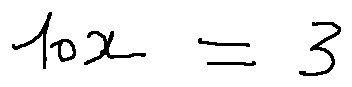
1 0 x = 3